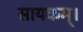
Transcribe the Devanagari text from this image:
सायकम्।